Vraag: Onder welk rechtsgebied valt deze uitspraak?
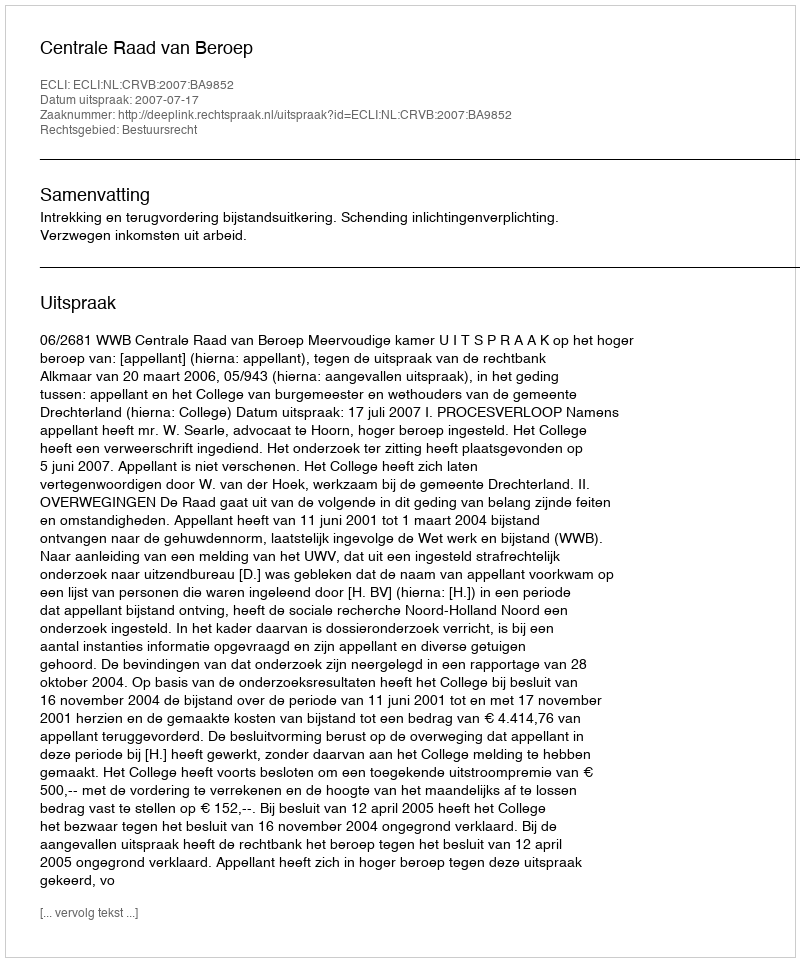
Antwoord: Bestuursrecht